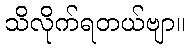
သိလိုက်ရတယ်ဗျာ။